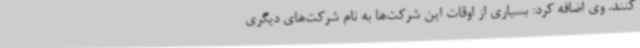
کنند. وی اضافه کرد: بسیاری از اوقات این شرکت‌ها به نام شرکت‌های دیگری